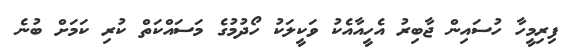
ފިރިމީހާ ހުސައިން ޖާބިރު އެހީއާއެކު ވަކީލަކު ހޯދުމުގެ މަސައްކަތް ކުރި ކަމަށް ބުނެ